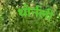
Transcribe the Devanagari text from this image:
थोर्नली